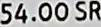
54.00 SR